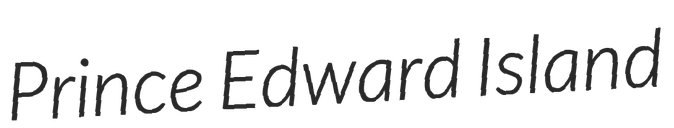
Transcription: Prince Edward Island